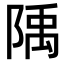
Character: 𨺲